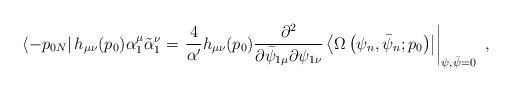
LaTeX: \begin{align*}\left\langle -p_{0N}\right|h_{\mu\nu}(p_{0}) \alpha_{1}^{\mu}\tilde{\alpha}^{\nu}_{1}= \left. \frac{4}{\alpha'}h_{\mu\nu}(p_{0}) \frac{\partial^{2}}{\partial \bar{\psi}_{1\mu}\partial \psi_{1\nu}} \left\langle \Omega \left(\psi_{n},\bar{\psi}_{n};p_{0}\right) \right| \right|_{\psi,\bar{\psi}=0}~, \end{align*}